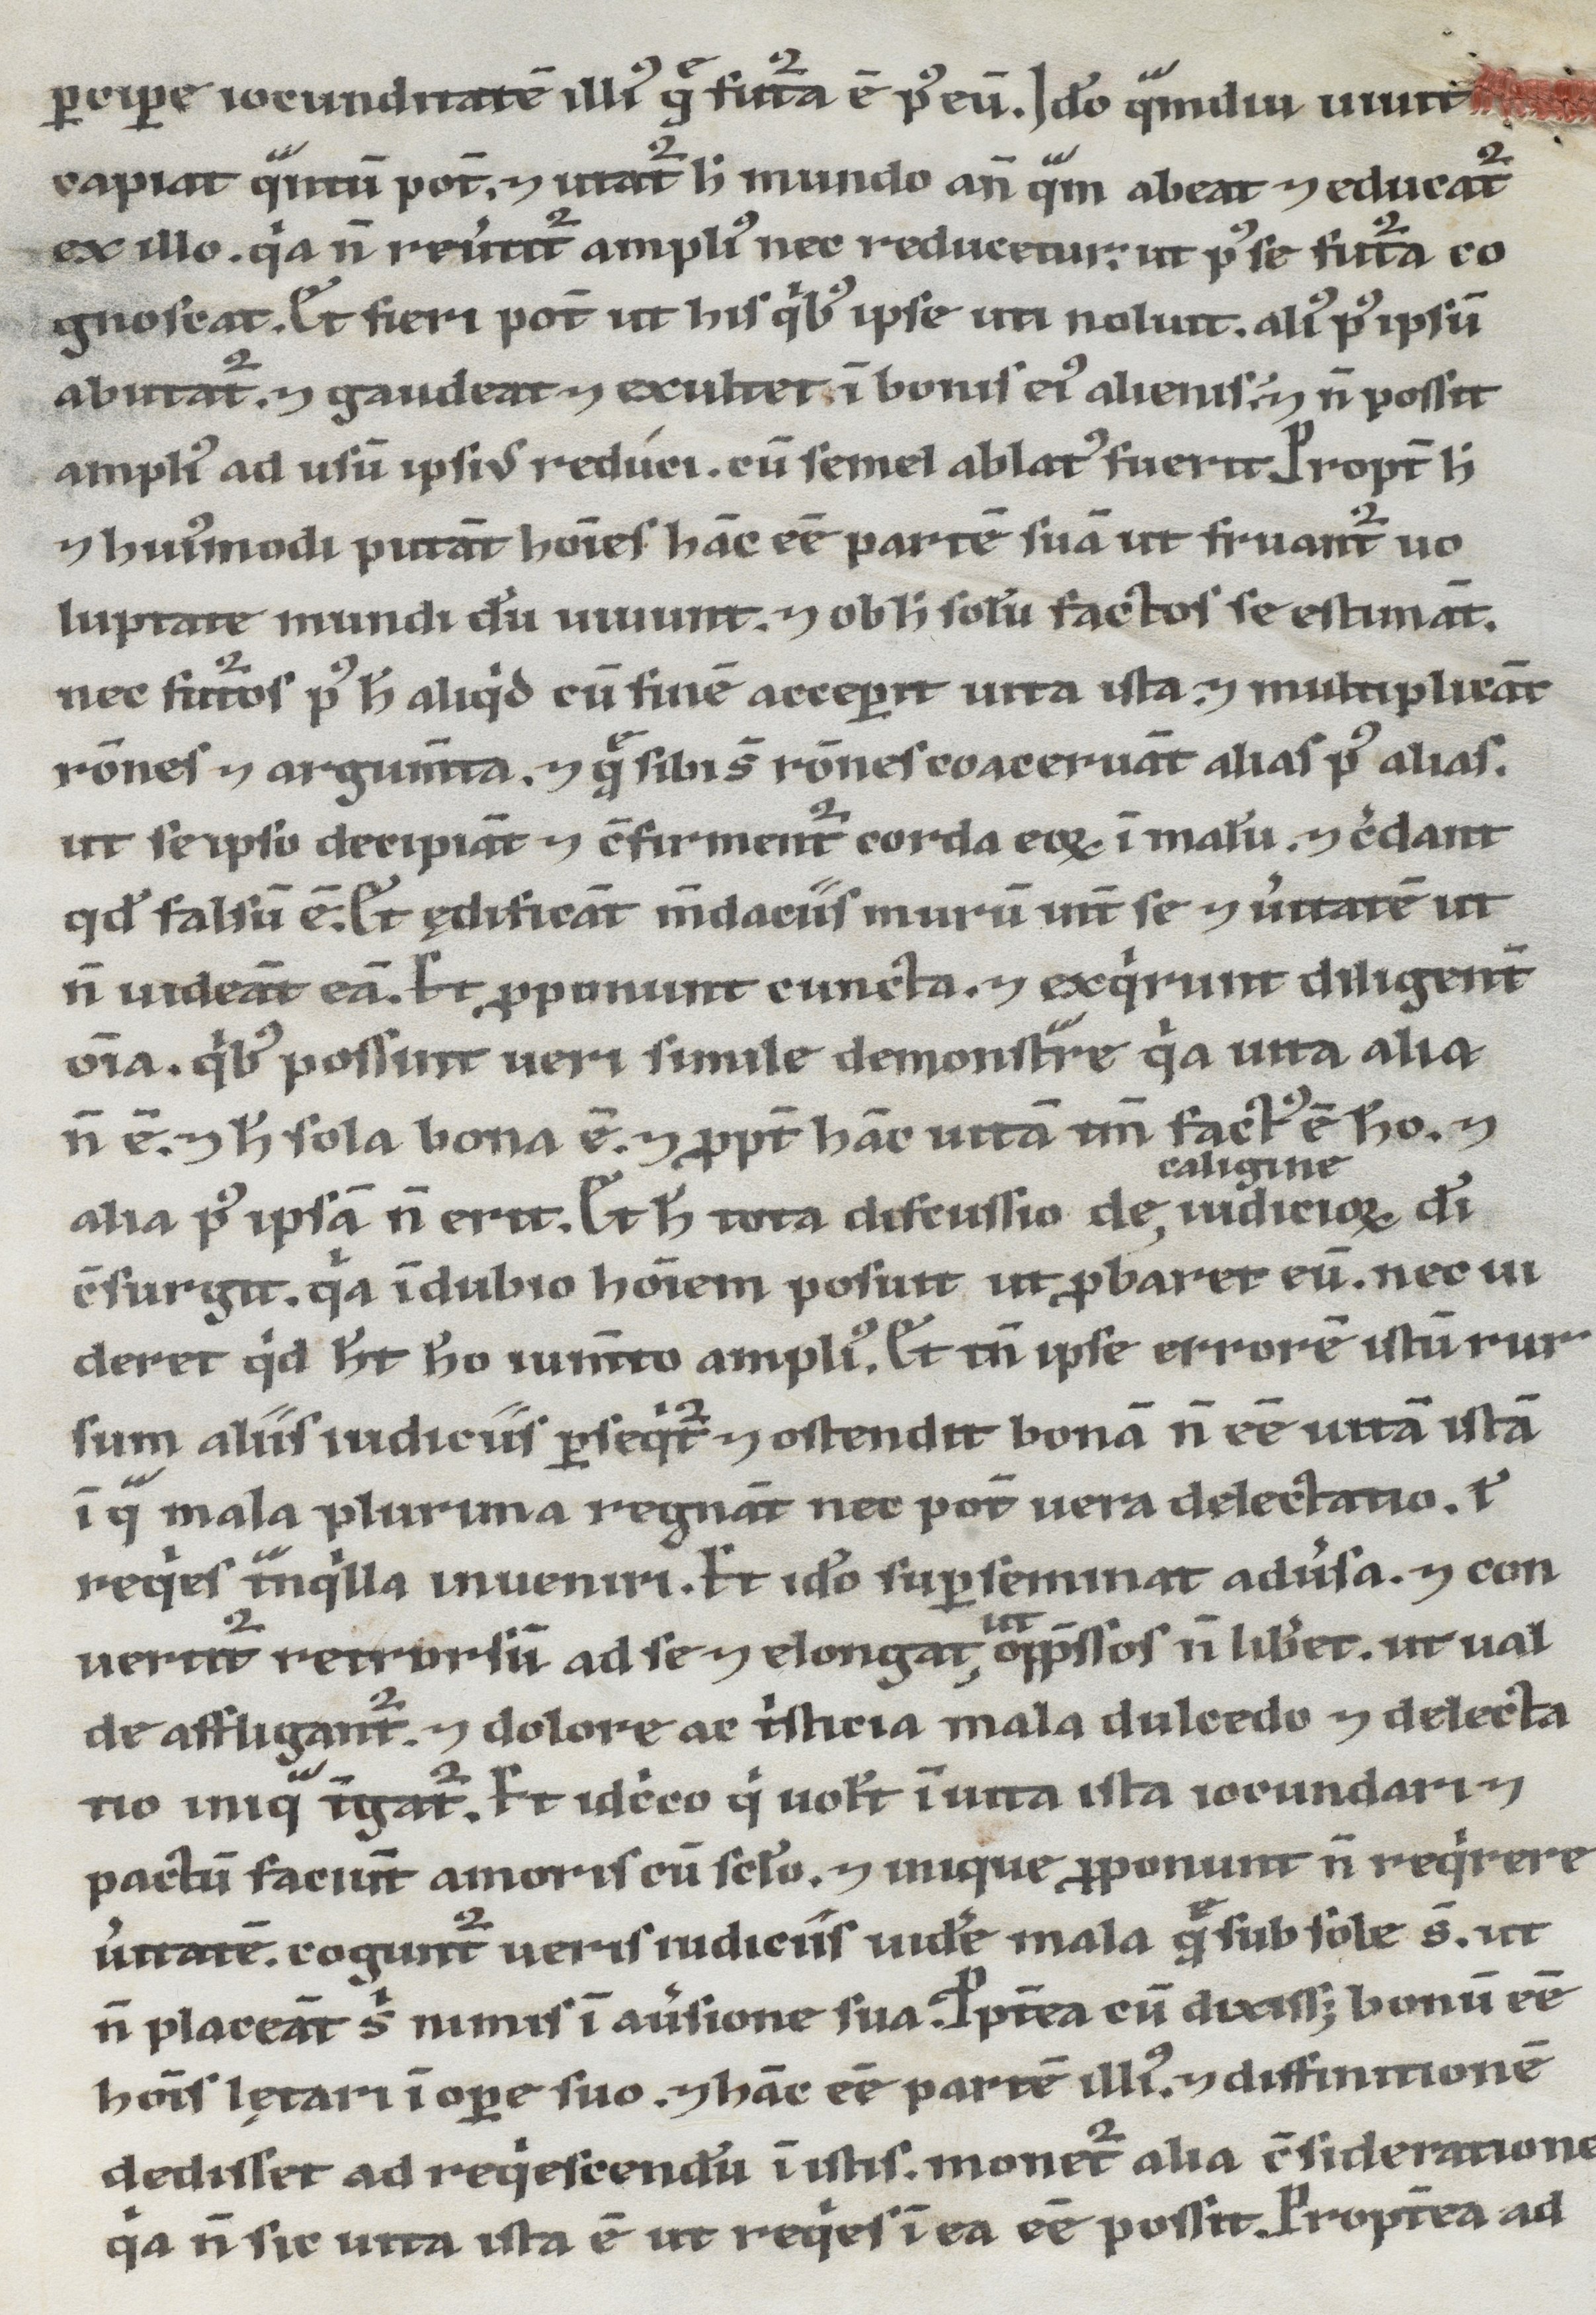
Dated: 1100–1199